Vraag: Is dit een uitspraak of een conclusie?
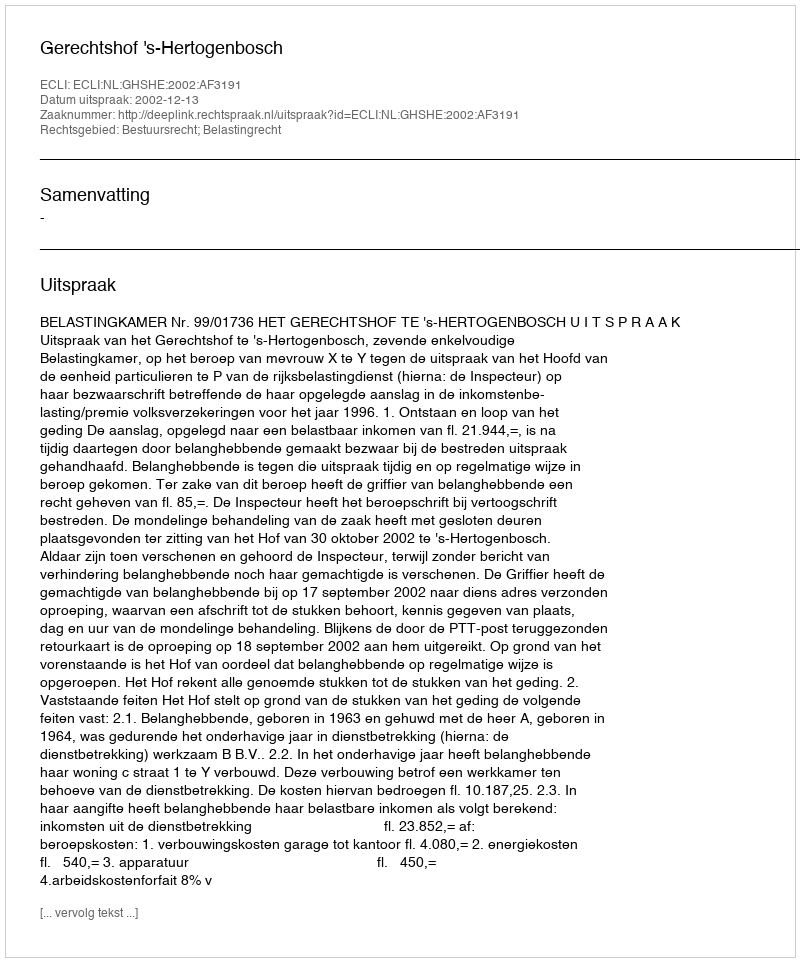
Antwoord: Uitspraak